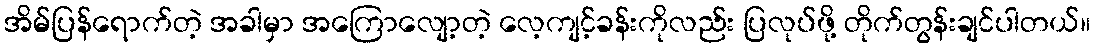
အိမ်ပြန်ရောက်တဲ့ အခါမှာ အကြောလျော့တဲ့ လေ့ကျင့်ခန်းကိုလည်း ပြလုပ်ဖို့ တိုက်တွန်းချင်ပါတယ်။